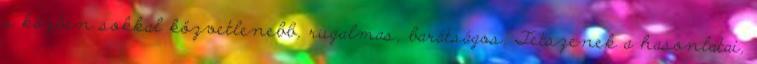
s közben sokkal közvetlenebb, rugalmas, barátságos. Tetszenek a hasonlatai,